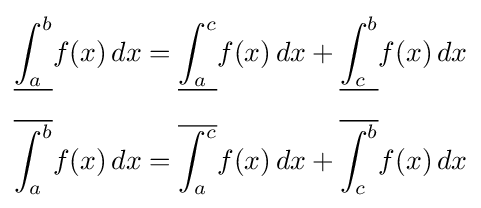
{\begin{aligned}{\underline {\int _{a}^{b}}}f(x)\,dx&={\underline {\int _{a}^{c}}}f(x)\,dx+{\underline {\int _{c}^{b}}}f(x)\,dx\\[6pt]{\overline {\int _{a}^{b}}}f(x)\,dx&={\overline {\int _{a}^{c}}}f(x)\,dx+{\overline {\int _{c}^{b}}}f(x)\,dx\end{aligned}}